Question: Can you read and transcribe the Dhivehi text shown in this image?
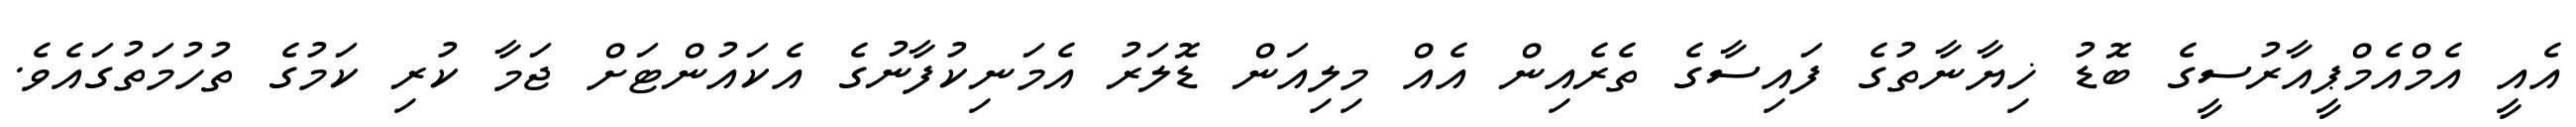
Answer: އެއީ އެމްއެމްޕީއާރުސީގެ ބޮޑު ޚިޔާނާތުގެ ފައިސާގެ ތެރެއިން އެއް މިލިއަން ޑޮލަރު އެމަނިކުފާނުގެ އެކައުންޓަށް ޖަމާ ކުރި ކަމުގެ ތުހުމަތުގައެވެ.